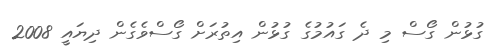
ގުޅުން ގޯސް މި ދެ ގައުމުގެ ގުޅުން އިތުރަށް ގޯސްވެގެން ދިޔައީ 2008